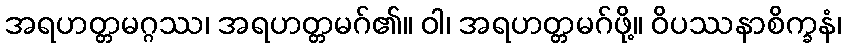
အရဟတ္တမဂ္ဂဿ၊ အရဟတ္တမဂ်၏။ ဝါ၊ အရဟတ္တမဂ်ဖို့။ ဝိပဿနာစိက္ခနံ၊